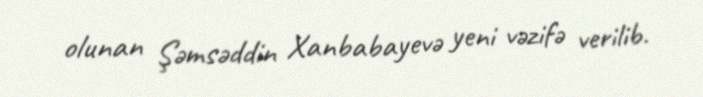
olunan Şəmsəddin Xanbabayevə yeni vəzifə verilib.